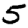
Digit: 5